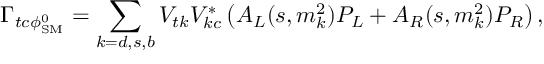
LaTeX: \Gamma _ { t c \phi _ { \mathrm { S M } } ^ { 0 } } = \sum _ { k = d , s , b } V _ { t k } V _ { k c } ^ { * } \left( A _ { L } ( s , m _ { k } ^ { 2 } ) P _ { L } + A _ { R } ( s , m _ { k } ^ { 2 } ) P _ { R } \right) ,